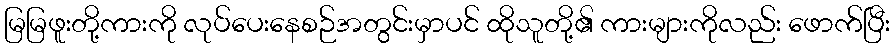
မြမြဖူးတို့ကားကို လုပ်ပေးနေစဉ်အတွင်းမှာပင် ထိုသူတို့၏ ကားများကိုလည်း ဖောက်ပြီး